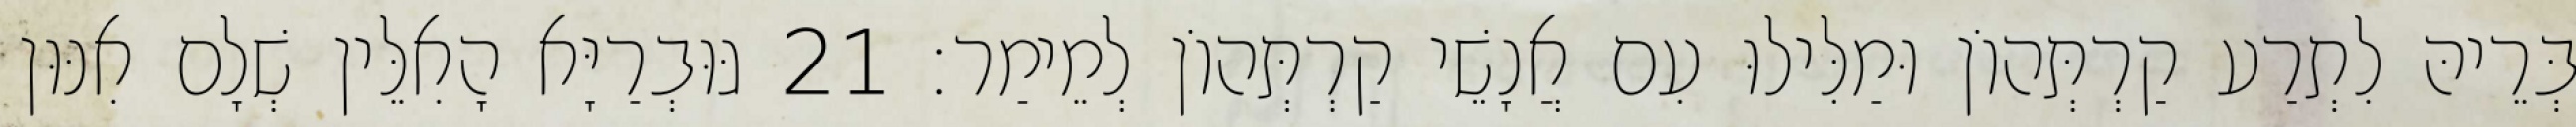
בְּרֵיהּ לִתְרַע קַרְתְּהוֹן וּמַלִּילוּ עִם אֲנָשֵׁי קַרְתְּהוֹן לְמֵימַר׃ 21 גּוּבְרַיָּא הָאִלֵּין שְׁלָם אִנּוּן